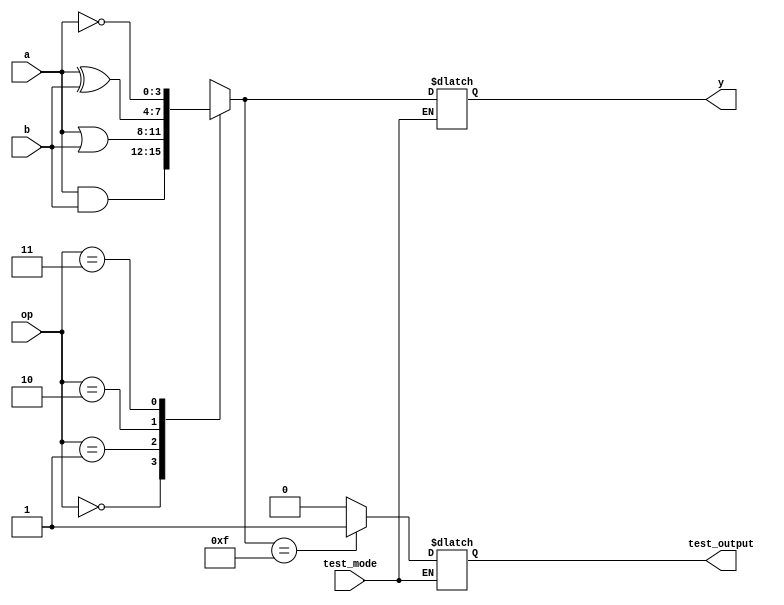
module AdjacencyGroup (
    input wire [3:0] a,        // 4-bit input vector
    input wire [3:0] b,        // 4-bit input vector
    input wire [1:0] op,       // Operation selector: 00=AND, 01=OR, 10=XOR, 11=NOT
    input wire test_mode,       // Test mode enable
    output reg [3:0] y,        // 4-bit output vector
    output reg test_output      // Test output for verification
);

// Internal signals
reg [3:0] temp_result;

// Combinational logic operations
always @(*) begin
    case (op)
        2'b00: temp_result = a & b;   // AND operation
        2'b01: temp_result = a | b;   // OR operation
        2'b10: temp_result = a ^ b;   // XOR operation
        2'b11: temp_result = ~a;       // NOT operation (only on 'a')
        default: temp_result = 4'b0000; // Default case
    endcase
end

// Output assignment
always @(*) begin
    if (test_mode) begin
        test_output = (temp_result == 4'b1111) ? 1'b1 : 1'b0; // Example test condition
    end else begin
        y = temp_result; // Normal operation output
    end
end

endmodule